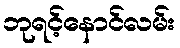
ဘုရင့်နောင်လမ်း